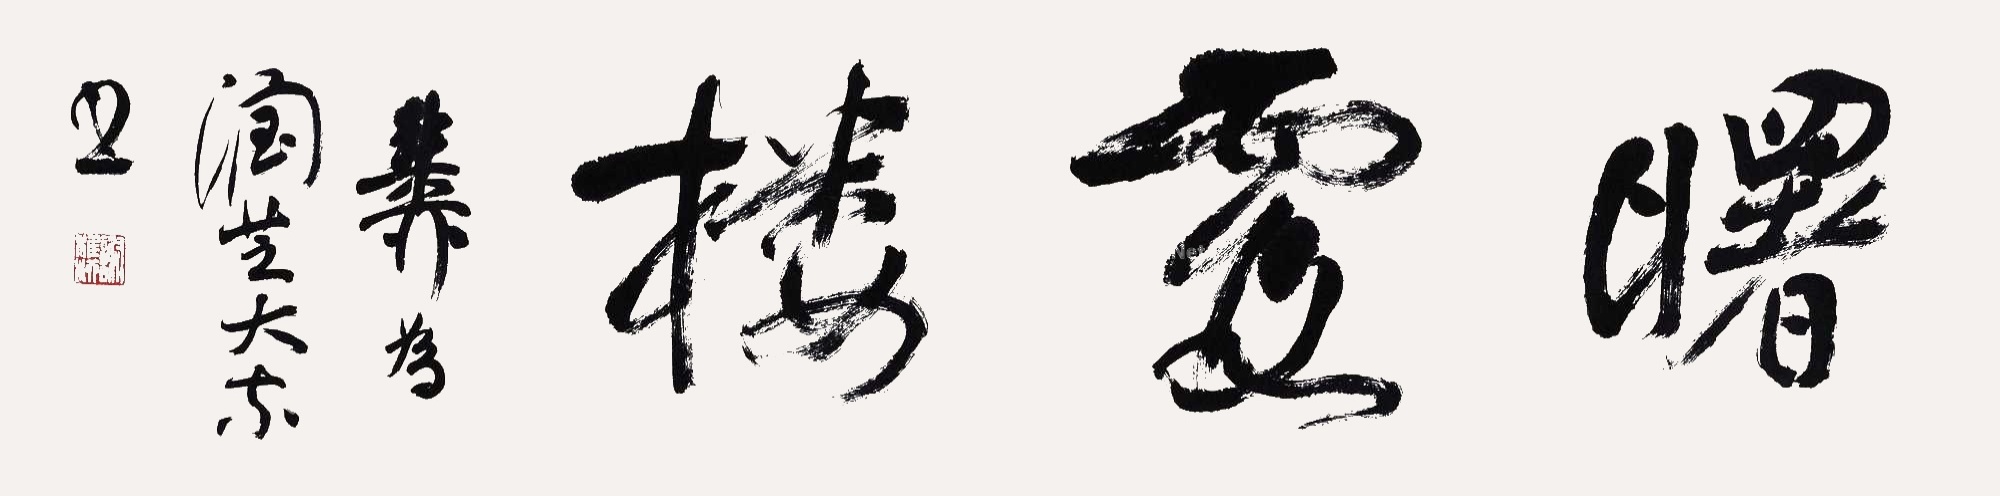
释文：曙霞楼。稚柳为润芝大家书。